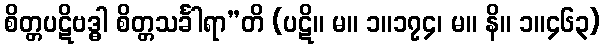
စိတ္တပဋိဗဒ္ဓါ စိတ္တသင်္ခါရာ”တိ (ပဋိ။ မ။ ၁။၁၇၄၊ မ။ နိ။ ၁။၄၆၃)